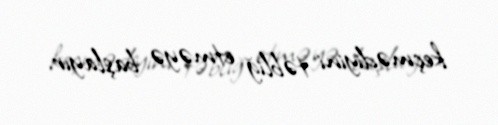
keçmədiyini təbliğ etməyə başlayır.